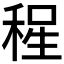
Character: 𱶏